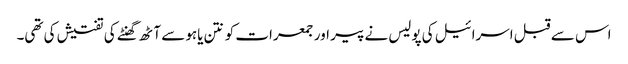
اس سے قبل اسرائیل کی پولیس نے پیر اور جمعرات کو نتن یاہو سے آٹھ گھنٹے کی تفتیش کی تھی۔